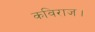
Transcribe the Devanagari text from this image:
कविराज।